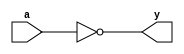
// input external delay: 4 ns
// in delay: 0.011365 ns
// input delay: 0.010861 ns
// output delay: 0.175128 ns
// out delay: 0.000627 ns
// total extra delay: 4.197981 ns
// critical path time: 9.985503 ns
// total inverter delay needed: 9.985503 - 4.197981 = 5.787522 ns
// average one inverter delay: 0.03012 ns
// inverters needed: 188

module inverter(input wire a, output wire y);
    not (y, a);
endmodule

module divider_replica(input wire in, output wire out);
	wire [186:0] interconnections; // Wires to connect inverters

    // Instantiate 188 inverters and chain them
	inverter inv0(in, interconnections[0]);
	inverter inv1(interconnections[0], interconnections[1]);
	inverter inv2(interconnections[1], interconnections[2]);
	inverter inv3(interconnections[2], interconnections[3]);
	inverter inv4(interconnections[3], interconnections[4]);
	inverter inv5(interconnections[4], interconnections[5]);
	inverter inv6(interconnections[5], interconnections[6]);
	inverter inv7(interconnections[6], interconnections[7]);
	inverter inv8(interconnections[7], interconnections[8]);
	inverter inv9(interconnections[8], interconnections[9]);
	inverter inv10(interconnections[9], interconnections[10]);
	inverter inv11(interconnections[10], interconnections[11]);
	inverter inv12(interconnections[11], interconnections[12]);
	inverter inv13(interconnections[12], interconnections[13]);
	inverter inv14(interconnections[13], interconnections[14]);
	inverter inv15(interconnections[14], interconnections[15]);
	inverter inv16(interconnections[15], interconnections[16]);
	inverter inv17(interconnections[16], interconnections[17]);
	inverter inv18(interconnections[17], interconnections[18]);
	inverter inv19(interconnections[18], interconnections[19]);
	inverter inv20(interconnections[19], interconnections[20]);
	inverter inv21(interconnections[20], interconnections[21]);
	inverter inv22(interconnections[21], interconnections[22]);
	inverter inv23(interconnections[22], interconnections[23]);
	inverter inv24(interconnections[23], interconnections[24]);
	inverter inv25(interconnections[24], interconnections[25]);
	inverter inv26(interconnections[25], interconnections[26]);
	inverter inv27(interconnections[26], interconnections[27]);
	inverter inv28(interconnections[27], interconnections[28]);
	inverter inv29(interconnections[28], interconnections[29]);
	inverter inv30(interconnections[29], interconnections[30]);
	inverter inv31(interconnections[30], interconnections[31]);
	inverter inv32(interconnections[31], interconnections[32]);
	inverter inv33(interconnections[32], interconnections[33]);
	inverter inv34(interconnections[33], interconnections[34]);
	inverter inv35(interconnections[34], interconnections[35]);
	inverter inv36(interconnections[35], interconnections[36]);
	inverter inv37(interconnections[36], interconnections[37]);
	inverter inv38(interconnections[37], interconnections[38]);
	inverter inv39(interconnections[38], interconnections[39]);
	inverter inv40(interconnections[39], interconnections[40]);
	inverter inv41(interconnections[40], interconnections[41]);
	inverter inv42(interconnections[41], interconnections[42]);
	inverter inv43(interconnections[42], interconnections[43]);
	inverter inv44(interconnections[43], interconnections[44]);
	inverter inv45(interconnections[44], interconnections[45]);
	inverter inv46(interconnections[45], interconnections[46]);
	inverter inv47(interconnections[46], interconnections[47]);
	inverter inv48(interconnections[47], interconnections[48]);
	inverter inv49(interconnections[48], interconnections[49]);
	inverter inv50(interconnections[49], interconnections[50]);
	inverter inv51(interconnections[50], interconnections[51]);
	inverter inv52(interconnections[51], interconnections[52]);
	inverter inv53(interconnections[52], interconnections[53]);
	inverter inv54(interconnections[53], interconnections[54]);
	inverter inv55(interconnections[54], interconnections[55]);
	inverter inv56(interconnections[55], interconnections[56]);
	inverter inv57(interconnections[56], interconnections[57]);
	inverter inv58(interconnections[57], interconnections[58]);
	inverter inv59(interconnections[58], interconnections[59]);
	inverter inv60(interconnections[59], interconnections[60]);
	inverter inv61(interconnections[60], interconnections[61]);
	inverter inv62(interconnections[61], interconnections[62]);
	inverter inv63(interconnections[62], interconnections[63]);
	inverter inv64(interconnections[63], interconnections[64]);
	inverter inv65(interconnections[64], interconnections[65]);
	inverter inv66(interconnections[65], interconnections[66]);
	inverter inv67(interconnections[66], interconnections[67]);
	inverter inv68(interconnections[67], interconnections[68]);
	inverter inv69(interconnections[68], interconnections[69]);
	inverter inv70(interconnections[69], interconnections[70]);
	inverter inv71(interconnections[70], interconnections[71]);
	inverter inv72(interconnections[71], interconnections[72]);
	inverter inv73(interconnections[72], interconnections[73]);
	inverter inv74(interconnections[73], interconnections[74]);
	inverter inv75(interconnections[74], interconnections[75]);
	inverter inv76(interconnections[75], interconnections[76]);
	inverter inv77(interconnections[76], interconnections[77]);
	inverter inv78(interconnections[77], interconnections[78]);
	inverter inv79(interconnections[78], interconnections[79]);
	inverter inv80(interconnections[79], interconnections[80]);
	inverter inv81(interconnections[80], interconnections[81]);
	inverter inv82(interconnections[81], interconnections[82]);
	inverter inv83(interconnections[82], interconnections[83]);
	inverter inv84(interconnections[83], interconnections[84]);
	inverter inv85(interconnections[84], interconnections[85]);
	inverter inv86(interconnections[85], interconnections[86]);
	inverter inv87(interconnections[86], interconnections[87]);
	inverter inv88(interconnections[87], interconnections[88]);
	inverter inv89(interconnections[88], interconnections[89]);
	inverter inv90(interconnections[89], interconnections[90]);
	inverter inv91(interconnections[90], interconnections[91]);
	inverter inv92(interconnections[91], interconnections[92]);
	inverter inv93(interconnections[92], interconnections[93]);
	inverter inv94(interconnections[93], interconnections[94]);
	inverter inv95(interconnections[94], interconnections[95]);
	inverter inv96(interconnections[95], interconnections[96]);
	inverter inv97(interconnections[96], interconnections[97]);
	inverter inv98(interconnections[97], interconnections[98]);
	inverter inv99(interconnections[98], interconnections[99]);
	inverter inv100(interconnections[99], interconnections[100]);
	inverter inv101(interconnections[100], interconnections[101]);
	inverter inv102(interconnections[101], interconnections[102]);
	inverter inv103(interconnections[102], interconnections[103]);
	inverter inv104(interconnections[103], interconnections[104]);
	inverter inv105(interconnections[104], interconnections[105]);
	inverter inv106(interconnections[105], interconnections[106]);
	inverter inv107(interconnections[106], interconnections[107]);
	inverter inv108(interconnections[107], interconnections[108]);
	inverter inv109(interconnections[108], interconnections[109]);
	inverter inv110(interconnections[109], interconnections[110]);
	inverter inv111(interconnections[110], interconnections[111]);
	inverter inv112(interconnections[111], interconnections[112]);
	inverter inv113(interconnections[112], interconnections[113]);
	inverter inv114(interconnections[113], interconnections[114]);
	inverter inv115(interconnections[114], interconnections[115]);
	inverter inv116(interconnections[115], interconnections[116]);
	inverter inv117(interconnections[116], interconnections[117]);
	inverter inv118(interconnections[117], interconnections[118]);
	inverter inv119(interconnections[118], interconnections[119]);
	inverter inv120(interconnections[119], interconnections[120]);
	inverter inv121(interconnections[120], interconnections[121]);
	inverter inv122(interconnections[121], interconnections[122]);
	inverter inv123(interconnections[122], interconnections[123]);
	inverter inv124(interconnections[123], interconnections[124]);
	inverter inv125(interconnections[124], interconnections[125]);
	inverter inv126(interconnections[125], interconnections[126]);
	inverter inv127(interconnections[126], interconnections[127]);
	inverter inv128(interconnections[127], interconnections[128]);
	inverter inv129(interconnections[128], interconnections[129]);
	inverter inv130(interconnections[129], interconnections[130]);
    inverter inv131(interconnections[130], interconnections[131]);
	inverter inv132(interconnections[131], interconnections[132]);
	inverter inv133(interconnections[132], interconnections[133]);
	inverter inv134(interconnections[133], interconnections[134]);
	inverter inv135(interconnections[134], interconnections[135]);
	inverter inv136(interconnections[135], interconnections[136]);
	inverter inv137(interconnections[136], interconnections[137]);
	inverter inv138(interconnections[137], interconnections[138]);
	inverter inv139(interconnections[138], interconnections[139]);
	inverter inv140(interconnections[139], interconnections[140]);
    inverter inv141(interconnections[140], interconnections[141]);
	inverter inv142(interconnections[141], interconnections[142]);
	inverter inv143(interconnections[142], interconnections[143]);
	inverter inv144(interconnections[143], interconnections[144]);
	inverter inv145(interconnections[144], interconnections[145]);
	inverter inv146(interconnections[145], interconnections[146]);
	inverter inv147(interconnections[146], interconnections[147]);
	inverter inv148(interconnections[147], interconnections[148]);
	inverter inv149(interconnections[148], interconnections[149]);
	inverter inv150(interconnections[149], interconnections[150]);
    inverter inv151(interconnections[150], interconnections[151]);
	inverter inv152(interconnections[151], interconnections[152]);
	inverter inv153(interconnections[152], interconnections[153]);
	inverter inv154(interconnections[153], interconnections[154]);
	inverter inv155(interconnections[154], interconnections[155]);
	inverter inv156(interconnections[155], interconnections[156]);
	inverter inv157(interconnections[156], interconnections[157]);
	inverter inv158(interconnections[157], interconnections[158]);
	inverter inv159(interconnections[158], interconnections[159]);
	inverter inv160(interconnections[159], interconnections[160]);
    inverter inv161(interconnections[160], interconnections[161]);
	inverter inv162(interconnections[161], interconnections[162]);
	inverter inv163(interconnections[162], interconnections[163]);
	inverter inv164(interconnections[163], interconnections[164]);
	inverter inv165(interconnections[164], interconnections[165]);
	inverter inv166(interconnections[165], interconnections[166]);
	inverter inv167(interconnections[166], interconnections[167]);
	inverter inv168(interconnections[167], interconnections[168]);
	inverter inv169(interconnections[168], interconnections[169]);
	inverter inv170(interconnections[169], interconnections[170]);
	inverter inv171(interconnections[170], interconnections[171]);
	inverter inv172(interconnections[171], interconnections[172]);
	inverter inv173(interconnections[172], interconnections[173]);
	inverter inv174(interconnections[173], interconnections[174]);
	inverter inv175(interconnections[174], interconnections[175]);
	inverter inv176(interconnections[175], interconnections[176]);
	inverter inv177(interconnections[176], interconnections[177]);
	inverter inv178(interconnections[177], interconnections[178]);
	inverter inv179(interconnections[178], interconnections[179]);
	inverter inv180(interconnections[179], interconnections[180]);
	inverter inv181(interconnections[180], interconnections[181]);
	inverter inv182(interconnections[181], interconnections[182]);
	inverter inv183(interconnections[182], interconnections[183]);
	inverter inv184(interconnections[183], interconnections[184]);
	inverter inv185(interconnections[184], interconnections[185]);
	inverter inv186(interconnections[185], interconnections[186]);
	inverter inv187(interconnections[186], out);
endmodule